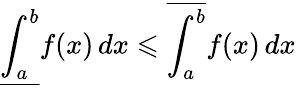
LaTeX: {\underline{{\int_{a}^{b}}}}f(x)\, dx\leqslant{\overline{{\int_{a}^{b}}}}f(x)\, dx